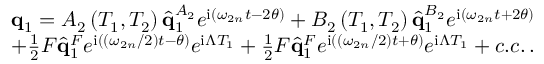
\begin{array} { r } { \mathbf { q } _ { 1 } = A _ { 2 } \left( T _ { 1 } , T _ { 2 } \right) \hat { \mathbf { q } } _ { 1 } ^ { A _ { 2 } } e ^ { \mathrm { i } \left( \omega _ { 2 n } t - 2 \theta \right) } + B _ { 2 } \left( T _ { 1 } , T _ { 2 } \right) \hat { \mathbf { q } } _ { 1 } ^ { B _ { 2 } } e ^ { \mathrm { i } \left( \omega _ { 2 n } t + 2 \theta \right) } } \\ { + \frac { 1 } { 2 } F \hat { \mathbf { q } } _ { 1 } ^ { F } e ^ { \mathrm { i } \left( \left( \omega _ { 2 n } / 2 \right) t - \theta \right) } e ^ { \mathrm { i } \Lambda T _ { 1 } } + \frac { 1 } { 2 } F \hat { \mathbf { q } } _ { 1 } ^ { F } e ^ { \mathrm { i } \left( \left( \omega _ { 2 n } / 2 \right) t + \theta \right) } e ^ { \mathrm { i } \Lambda T _ { 1 } } + c . c . \, . } \end{array}